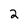
Character: 2